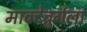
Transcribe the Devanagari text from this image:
माक्देबुर्गला